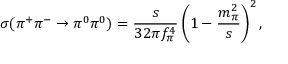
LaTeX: \sigma ( \pi ^ { + } \pi ^ { - } \rightarrow \pi ^ { 0 } \pi ^ { 0 } ) = \frac { s } { 3 2 \pi f _ { \pi } ^ { 4 } } \left( 1 - \frac { m _ { \pi } ^ { 2 } } { s } \right) ^ { 2 } ,